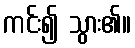
ကင်း၍ သွား၏။